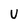
Character: U